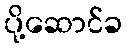
ပို့ဆောင်ခ